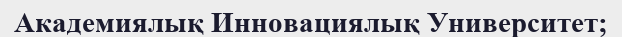
Академиялық Инновациялық Университет;